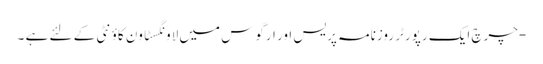
-چرچ ایک رپورٹر روزنامہ پریس اور ارگوس میں لاونگسٹاون کاؤنٹی کے لئے ہے ۔